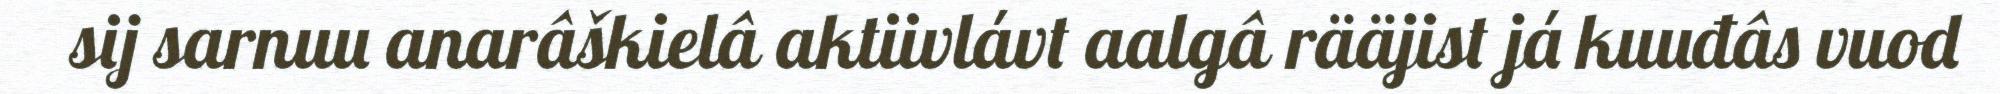
sij sarnuu anarâškielâ aktiivlávt aalgâ rääjist já kuuđâs vuod